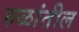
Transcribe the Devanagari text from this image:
रुळांतील